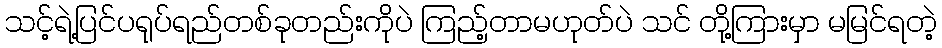
သင့်ရဲ့ပြင်ပရုပ်ရည်တစ်ခုတည်းကိုပဲ ကြည့်တာမဟုတ်ပဲ သင် တို့ကြားမှာ မမြင်ရတဲ့